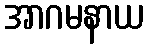
အာဂမနာယ